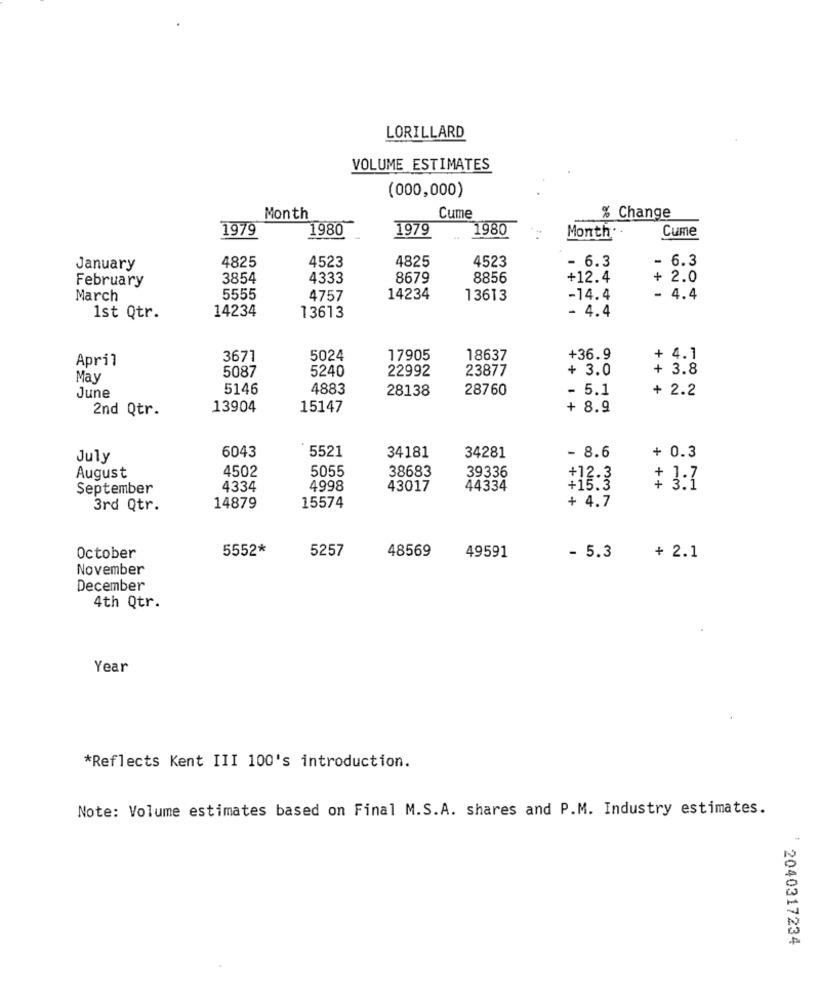
LORILLARD
VOLUME ESTIMATES
(000,000)
Month
Cume
% Change
1979
1980
1979
1980
Cume
Month*
- 6.3
- 6.3
January
4825
4523
4825
4523
February
3854
4333
8679
8856
+12.4
+ 2.0
March
5555
4757
14234
13613
-14.4
- 4.4
14234
1st Qtr.
13613
- 4.4
April
3671
5024
17905
18637
+36.9
+ 4.1
5087
5240
22992
23877
+ 3.0
+ 3.8
May
June
5146
4883
28138
28760
- 5.1
+ 2.2
2nd Qtr.
13904
15147
+ 8.9
6043
5521
+ 0.3
July
34181
34281
- 8.6
4502
5055
38683
39336
August
+12.3
September
4334
4998
43017
44334
+15:3
$3:1
3rd Qtr.
14879
15574
+ 4.7
5552*
5257
48569
- 5.3
October
49591
+ 2.1
November
December
4th Qtr.
Year
*Reflects Kent III 100's introduction.
Note: Volume estimates based on Final M.S.A. shares and P.M. Industry estimates.
: 2040317234